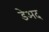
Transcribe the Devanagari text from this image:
डेअद